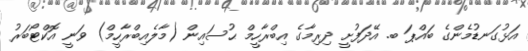
އަޅުގަނޑުމެންގެ ބައްޕަ ބ. އޭދަފުށީ ދިރިމާގެ އިބްރާހީމް ޙުސައިން (މާލެއިބްރާހީމް) ވަނީ އޮކްޓޯބަރު